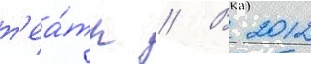
т'еа́тр // В 2012